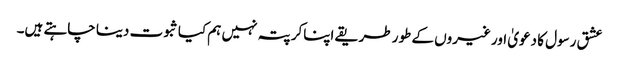
عشق رسول کا دعویٰ اور غیروں کے طور طریقے اپناکر پتہ نہیں ہم کیا ثبوت دینا چاہتے ہیں۔